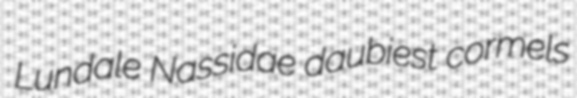
Lundale Nassidae daubiest cormels